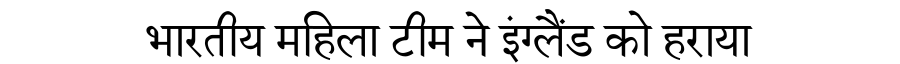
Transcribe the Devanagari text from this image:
भारतीय महिला टीम ने इंग्लैंड को हराया